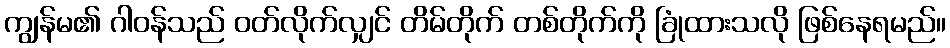
ကျွန်မ၏ ဂါဝန်သည် ဝတ်လိုက်လျှင် တိမ်တိုက် တစ်တိုက်ကို ခြုံထားသလို ဖြစ်နေရမည်။